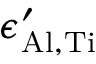
\epsilon _ { \mathrm { A l , T i } } ^ { \prime }